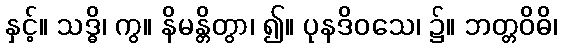
နှင့်။ သဒ္ဓိ၊ ကွ။ နိမန္တိတွာ၊ ၍။ ပုနဒိဝသေ၊ ၌။ ဘတ္တဝိဓိ၊